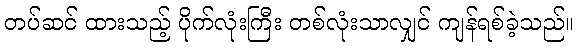
တပ်ဆင် ထားသည့် ပိုက်လုံးကြီး တစ်လုံးသာလျှင် ကျန်ရစ်ခဲ့သည်။